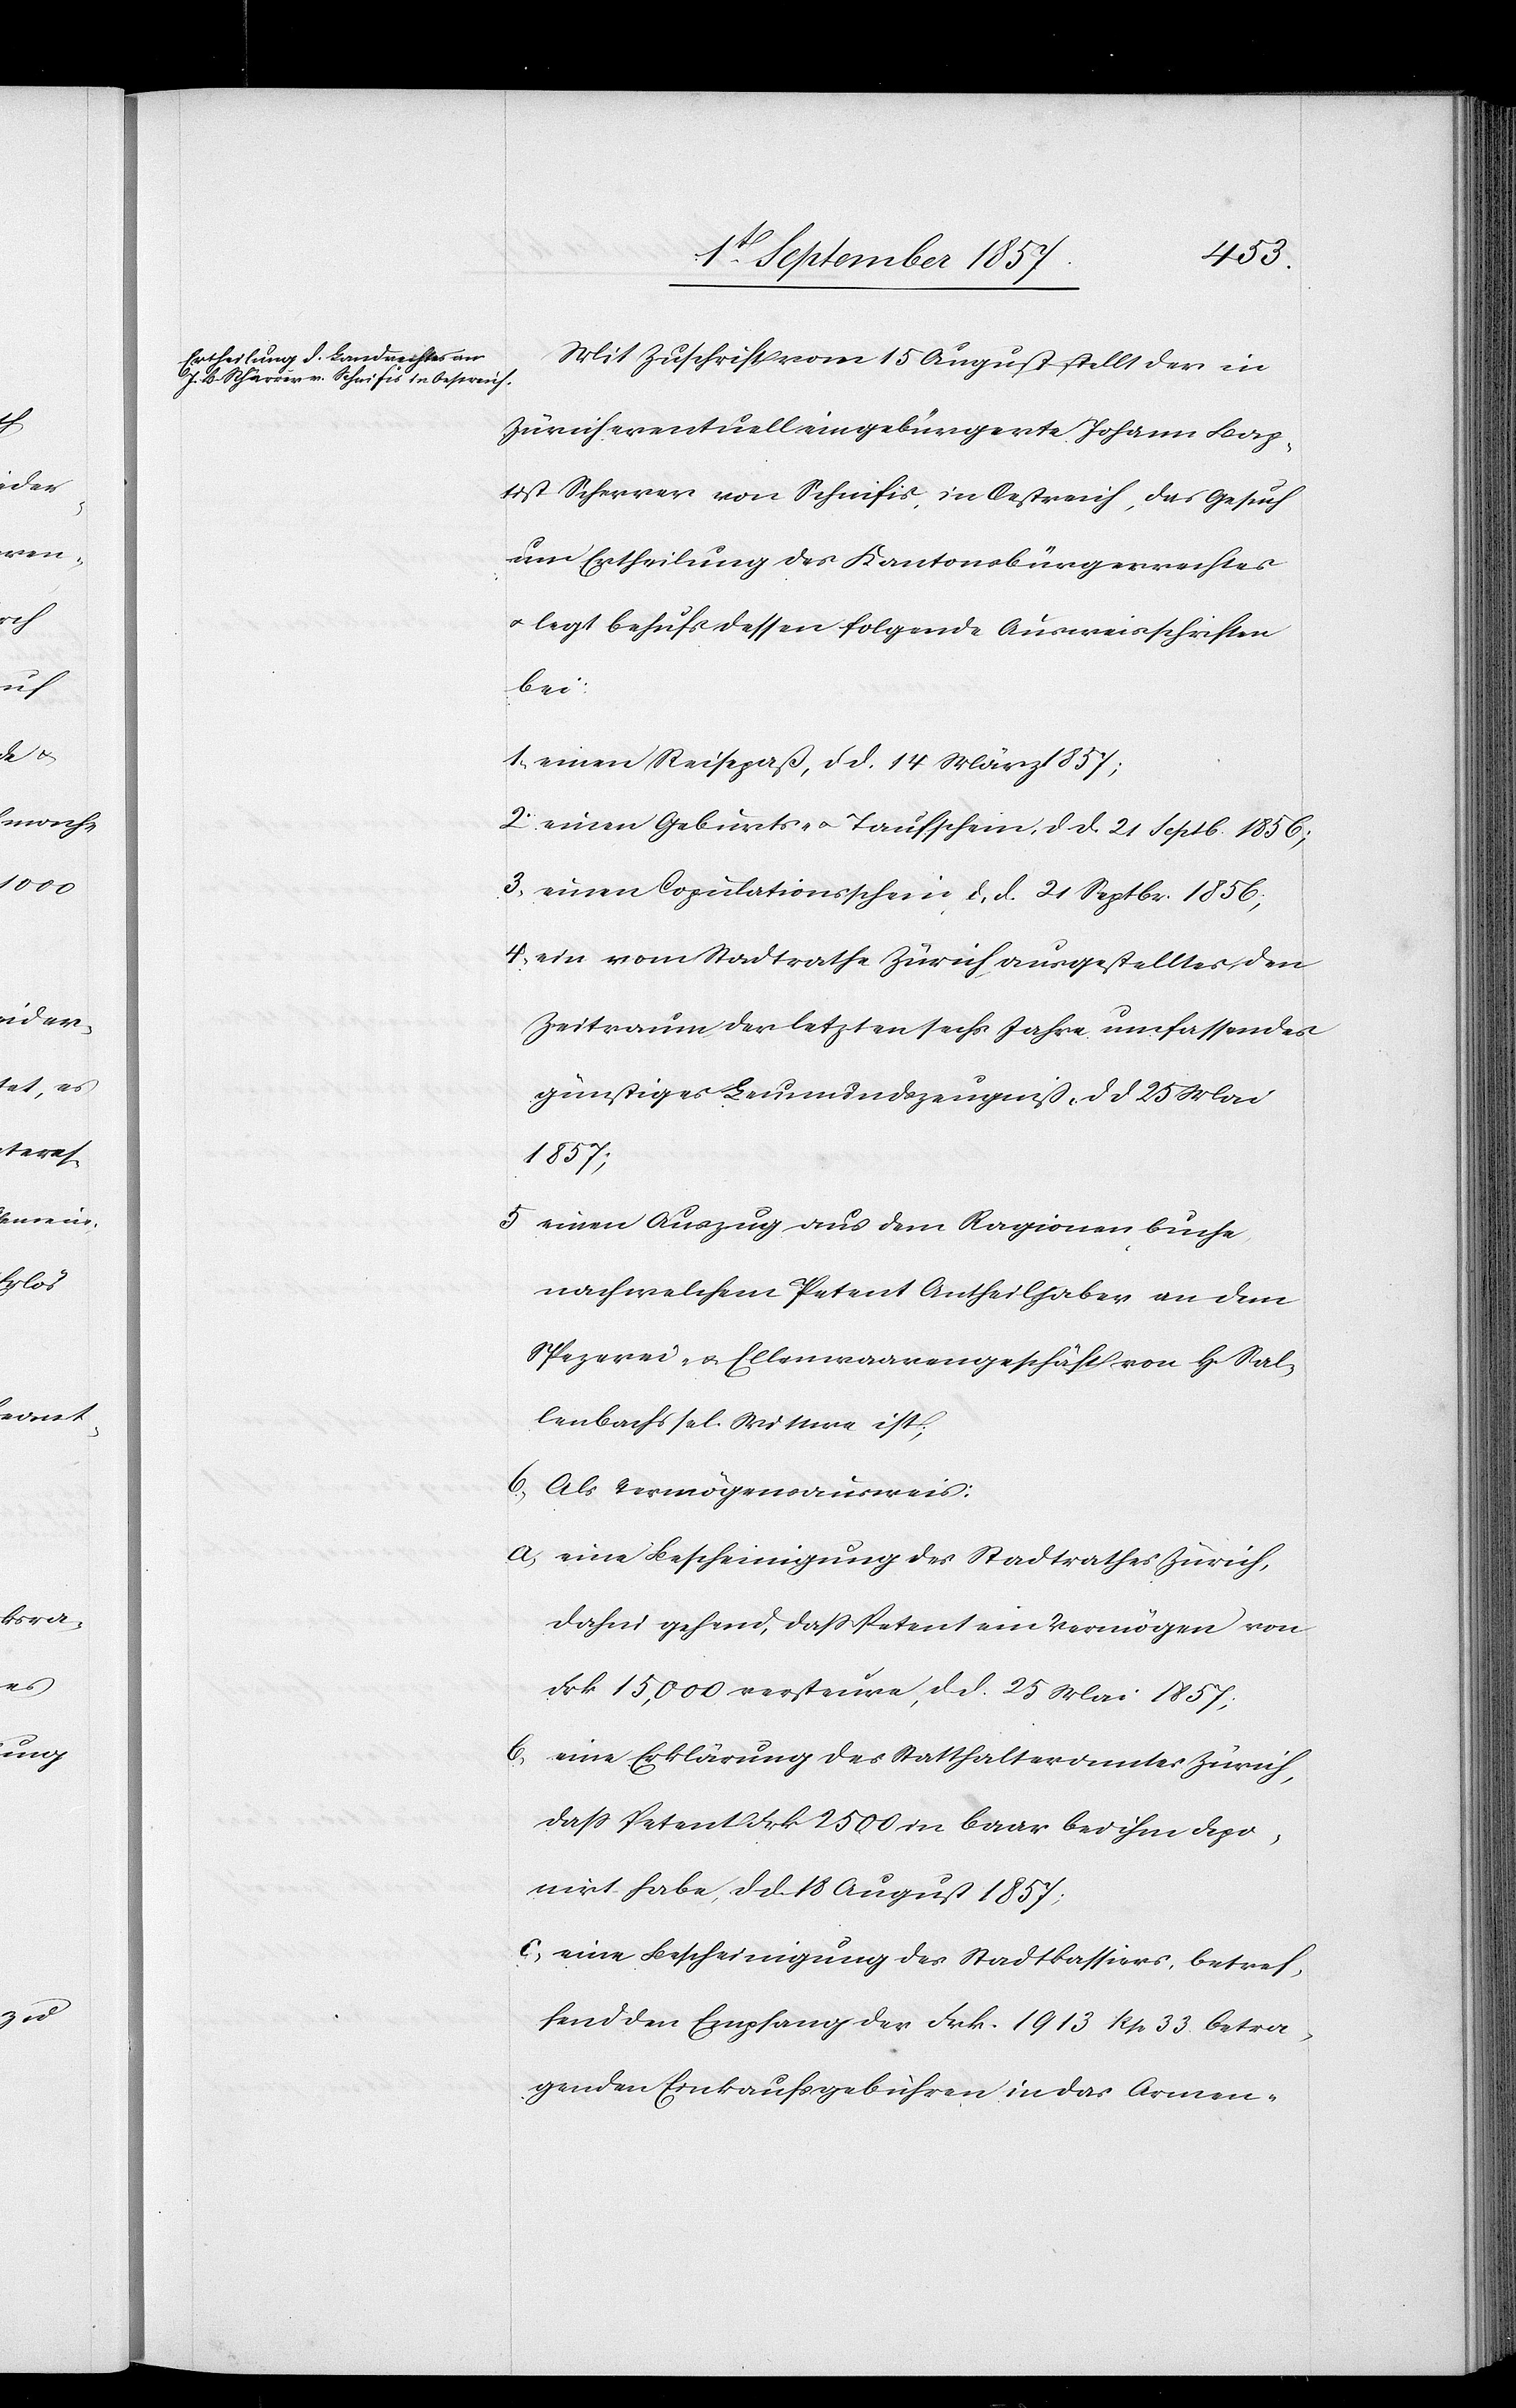
Mit Zuschrift vom 15 August stellt der in
Zürich eventuell eingebürgerte Johann Bap¬
tist Scherrer von Schnifis, in Oestreich, das Gesuch
um Ertheilung des Kantonsbürgerrechtes
& legt behufs dessen folgende Ausweisschriften
bei:
1) einen Reisepaß, d. d. 14 März 1857;
2) einen Geburts- & Taufschein, d. d. 21 Septb. 1856;
3) einen Copulationsschein, d. d. 21 Septbr. 1856;
4) ein vom Stadtrathe Zürich, ausgestellter den
Zeitraum der letzten sechs Jahre umfassendes
günstiges Leumundzeugniß, d. d. 25 Mai
1857;
5) einen Auszug aus dem Ragionenbuche
nach welchem Petent Antheilhaber an dem
Spezerei- & Ellenwaarengeschäft von H[errn] Sal¬
lenbachs sel. Wittwe ist;
6) Als Vermögenausweis:
a) eine Bescheinigung des Stadtrathes Zürich,
dahin gehend, daß Petent ein Vermögen von
Frk. 150,000 versteuere, d. d. 25 Mai 1857;
b)
eine Erklärung des Statthalteramtes Zürich,
daß Petent Frk. 2500 in baar bei ihm depo¬
nirt habe, d. d. 18 August 1857;
c) eine Bescheinigung des Stadtkassiers, betref¬
fend den Empfang der Frk. 1913 Rp. 33 betra¬
genden Einkaufsgebühren in das Armen-